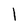
Character: 1